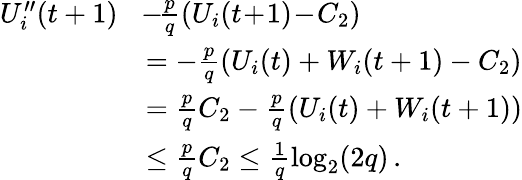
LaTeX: \begin{array}{rl}{U_{i}^{\prime\prime}(t+1)}&{\! -\! \frac{p}{q}(U_{i}(t\! +\! 1)\! -\! C_{2})}\\ &{=-\frac{p}{q}(U_{i}(t)+W_{i}(t+1)-C_{2})}\\ &{=\frac{p}{q}C_{2}-\frac{p}{q}(U_{i}(t)+W_{i}(t+1))}\\ &{\le\frac{p}{q}C_{2}\le\frac{1}{q}\log_{2}(2q)\, .}\end{array}